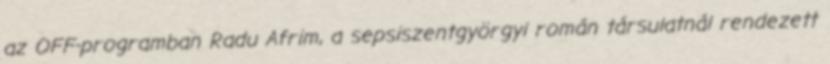
az OFF-programban Radu Afrim, a sepsiszentgyörgyi román társulatnál rendezett